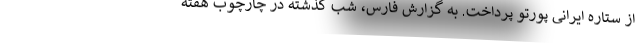
از ستاره ایرانی پورتو پرداخت. به گزارش فارس، شب گذشته در چارچوب هفته